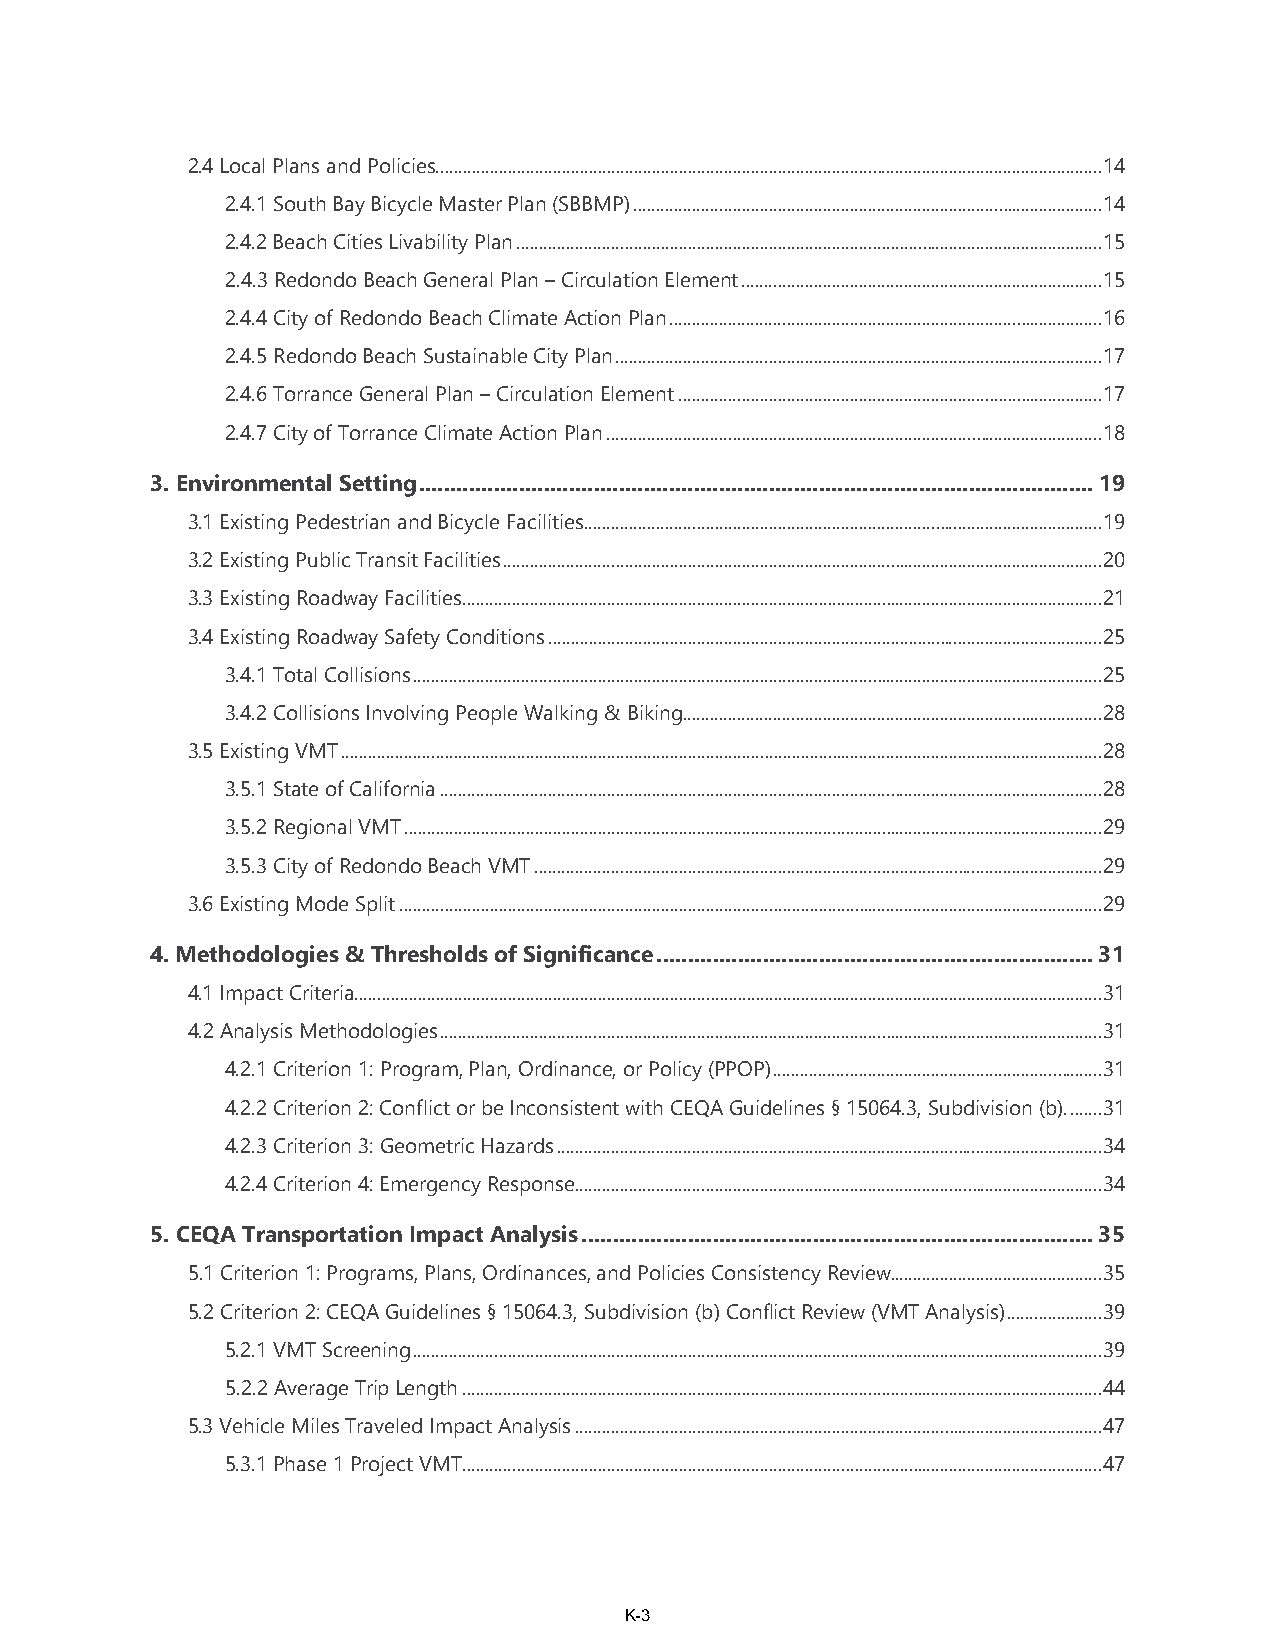
2.4 Local Plans and Policies ....................................................................................................................................................14
 2.4.1 South Bay Bicycle Master Plan (SBBMP) ........................................................................................................14
 2.4.2 Beach Cities Livability Plan ..................................................................................................................................15
 2.4.3 Redondo Beach General Plan – Circulation Element ................................................................................15
 2.4.4 City of Redondo Beach Climate Action Plan ................................................................................................16
 2.4.5 Redondo Beach Sustainable City Plan ............................................................................................................17
 2.4.6 Torrance General Plan – Circulation Element ..............................................................................................17
 2.4.7 City of Torrance Climate Action Plan ..............................................................................................................18
 3. Environmental Setting ............................................................................................................ 19
 3.1 Existing Pedestrian and Bicycle Facilities ...................................................................................................................19
 3.2 Existing Public Transit Facilities .....................................................................................................................................20
 3.3 Existing Roadway Facilities ..............................................................................................................................................21
 3.4 Existing Roadway Safety Conditions ...........................................................................................................................25
 3.4.1 Total Collisions .........................................................................................................................................................25
 3.4.2 Collisions Involving People Walking & Biking .............................................................................................28
 3.5 Existing VMT .........................................................................................................................................................................28
 3.5.1 State of California ...................................................................................................................................................28
 3.5.2 Regional VMT ...........................................................................................................................................................29
 3.5.3 City of Redondo Beach VMT ..............................................................................................................................29
 3.6 Existing Mode Split ............................................................................................................................................................29
 4. Methodologies & Thresholds of Significance ...................................................................... 31
 4.1 Impact Criteria ......................................................................................................................................................................31
 4.2 Analysis Methodologies ...................................................................................................................................................31
 4.2.1 Criterion 1: Program, Plan, Ordinance, or Policy (PPOP) .........................................................................31
 4.2.2 Criterion 2: Conflict or be Inconsistent with CEQA Guidelines § 15064.3, Subdivision (b). .......31
 4.2.3 Criterion 3: Geometric Hazards .........................................................................................................................34
 4.2.4 Criterion 4: Emergency Response .....................................................................................................................34
 5. CEQA Transportation Impact Analysis .................................................................................. 35
 5.1 Criterion 1: Programs, Plans, Ordinances, and Policies Consistency Review ...............................................35
 5.2 Criterion 2: CEQA Guidelines § 15064.3, Subdivision (b) Conflict Review (VMT Analysis) .....................39
 5.2.1 VMT Screening .........................................................................................................................................................39
 5.2.2 Average Trip Length ..............................................................................................................................................44
 5.3 Vehicle Miles Traveled Impact Analysis .....................................................................................................................47
 5.3.1 Phase 1 Project VMT ..............................................................................................................................................47
 K-3